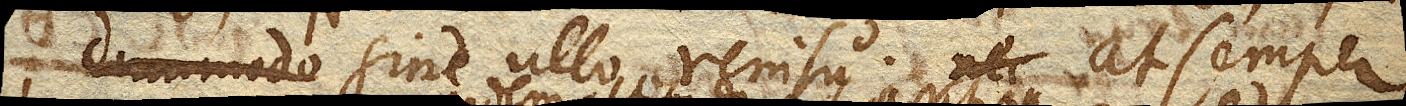
dummodo sint sine ullo renisu nec at semper